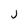
Character: j